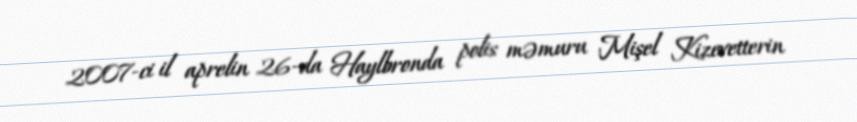
2007-ci il aprelin 26-da Haylbronda polis məmuru Mişel Kizevetterin